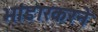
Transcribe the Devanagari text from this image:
भांडारकरने